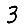
Digit: 3